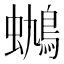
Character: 𰳟